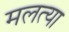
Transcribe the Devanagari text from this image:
मलत्या